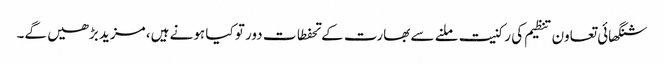
شنگھائی تعاون تنظیم کی رکنیت ملنے سے بھارت کے تحفطات دور تو کیا ہونے ہیں، مزید بڑھیں گے۔